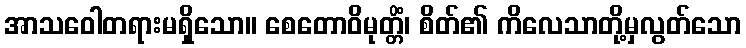
အာသဝေါတရားမရှိသော။ စေတောဝိမုတ္တိံ၊ စိတ်၏ ကိလေသာတို့မှလွတ်သော